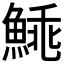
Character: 𩸼